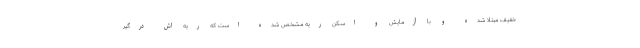
خفیف مبتلا شده و با آزمایش و اسکن ریه مشخص شده است که ریه اش درگیر